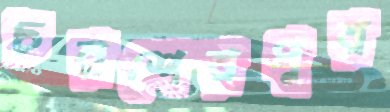
চরশেরপুর